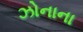
ઝોનાના